King Institute of Preventive Medicine Micro-Biological Section reports 1909-11
Year: 1909
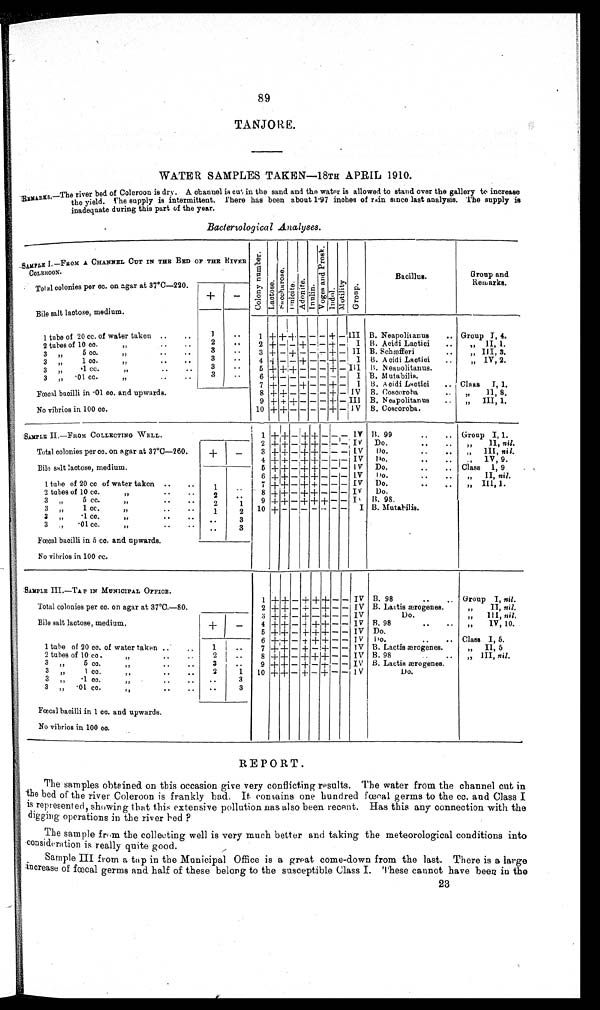
89
TANJORE.
WATER SAMPLES TAKEN—18TH APRIL 1910.
R E M A R K S . —
T h e r i v e r b e d o f C o l e r o o n i s d r y . A c h a n n e l i s c u t i n t h e s a n d a n d t h e w a t e r i s a l l o w e d t o s t a n d o v e r t h e g a l l e r y t o i n c r e a s e
the yield. The supply is intermittent. There has been about 1.97 inches of rain since last analysis. The supply is
inadequate during this part of the year.
Bacteriological Analyses.
SAMPLE I .—FROM A CHANNEL CUT IN THE BED OF THE RIVER
COLEROON .
C o l o n y n u m b e r .
Lact os e.
S a c c h a r o s e .
Dnl c i t e.
Adoni t e.
I nul i n.
Vo g e s a n d P r o s k .
Indol .
Motility.
Group.
Bacillus.
Group and
Remarks.
Total colonies per cc. on agar at 37°C—220.
+
-
Bile salt lactose, medium.
1 tube of 20 cc. of water taken ..
..
1
. .
1 + +
+ - - - +
-
I I I B. Neapolitanus .. Group I, 4.
2 tubes of 10 cc.
„
..
..
2
..
2 + - - + - - + -
I B. Acidi Lactici
..
„
II, 1.
3
„
5 cc.
„
..
..
3
..
3 + - + - - - + -
I I B. Schæfferi
..
„ III, 3.
3 „
1 cc.
„
.. ..
3
. .
4 + - - + - - + -
I B. Acidi Lactici
..
„ IV, 2.
3 „
.1 CC.
„ .. ..
3
. .
5 + + + - - - + -
I I I B. Neapolitanus.
3
„
. 0 1 c c .
„
.. ..
3
..
6 + - - - - - - -
I B. Mutabilis.
7 + - - + - - + -
I B. Acidi Lactici
.. Class I, 1.
Fœcal bacilli in .01 cc. and upwards.
8 + + - - - - + - IV B. Coscoroba ..
„
II, 8.
9 + + + - - - + - III B. Neapolitanus
..
„
III, 1 .
No vibrios in 100 cc.
10 + + - - - - + -
I V B. Coscoroba.
SAMPLE II.—FROM COLLECTING WELL.
1 + + - + + - -
-
IV B. 99
..
.. Group I, 1.
2 + + - + + - - - IV Do. .. ..
„
II, nil.
Total colonies per cc. on agar at 37°C—260. +
-
3 + + - + + - - - IV
Do . . . . .
„
III, nil.
4 + + - + + - - - IV
Do. .. ..
„
IV, 9.
Bile salt lactose, medium.
5 + + - + + - - - IV Do.
..
.. Class I, 9
6 + + - + + - - - IV
Do. .. ..
„ II, nil.
1 tube of 20 cc of water taken ..
..
1
. .
7 + + - + + - - - IV Do. .. ..
„
III, 1.
2 tubes of 10 cc.
„
..
..
2
. .
8 + + - + + - - - IV Do.
3
„
5 cc.
„
. . . .
2
1
9
+ + - + + + - -
I V B. 98.
3
„
1 cc.
„
..
..
1
2
10 + - - - - - - -
I B. Mutabilis.
3 „
.1 cc .
„
..
..
. .
3
3 ,,
. 0 1 c c .
,,
..
..
..
3
Fœcal bacilli in 5 cc. and. upwards.
No vibrios in 100 cc.
SAMPLE III.—TAP IN MUNICIPAL OFFICE.
1 + + - + + + - - IV B. 98
..
.. Group I, nil.
Total colonies per cc. on agar at 37°C.—80.
2 + + - + - + - - IV B. Lactis ærogenes.
„
II, nil.
3 + + - + - + - - IV
Do.
„
III, nil.
Bile salt lactose, medium.
+
-
4 + + - + + + - - IV B. 98 .. ..
„
IV, 10.
5 + + - + + + - - IV Do.
6 + + - + + + - - IV
Do. .. ..
Class I, 5.
1 tube of 20 cc. of water taken ..
..
1
. .
7 + + - + - + - - IV B. Lactis ærogenes.
„ II, 5
2 tubes of 10 cc.
„
. . . .
2
. .
8 + + - + + + - - IV B. 98
..
..
„ III, nil.
3
„
5 cc.
„
.. ..
3
. .
9 + + - + - + - - IV B. Lactis ærogenes.
3 ,,
1 cc.
„
..
..
2
1
10 + + - + - + - - IV
Do.
3 ,,
.1 cc.
„
.. ..
. .
3
3
„
. 0 1 c c .
„
..
..
. .
3
Fœcal bacilli in 1 cc. and upwards.
No vibrios in 100 cc.
REPORT.
The samples obtained on this occasion give very conflicting results. The water from the channel cut in
the bed of the river Coleroon is frankly bad. It contains one hundred fœcal germs to the cc. and Class I
is represented, showing that this extensive pollution has also been recent. Has this any connection with the
digging operations in the river bed ?
The sample from the collecting well is very much better and taking the meteorological conditions into
consideration is really quite good.
Sample III from a tap in the Municipal Office is a great come-down from the last. There is a large
increase of fœcal germs and half of these belong to the susceptible Class I. These cannot have been in the
23
23